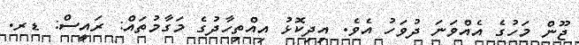
ޖޫން މަހުގެ އެއްވަނަ ދުވަހު އެވެ. އިދިކޮޅު އިއްތިހާދުގެ މަގާމުތައް: ރައީސް: ޑރ.